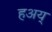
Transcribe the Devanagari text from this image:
हअय्